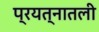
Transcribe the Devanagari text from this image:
प्रयत्नातली